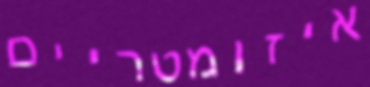
איזומטריים